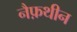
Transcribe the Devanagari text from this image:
नैफ़थीन